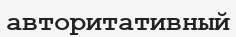
авторитативный